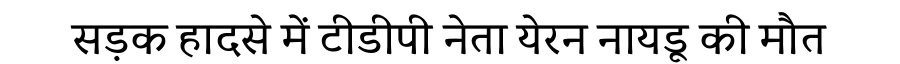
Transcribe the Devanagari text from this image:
सड़क हादसे में टीडीपी नेता येरन नायडू की मौत